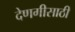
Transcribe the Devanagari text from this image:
देणगीसाठी